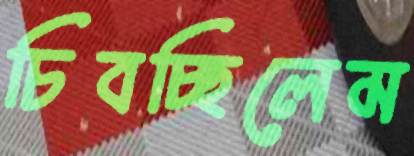
চিবচ্ছিলেম